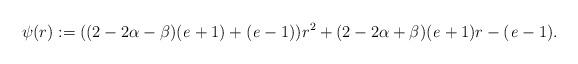
LaTeX: \begin{align*}\psi(r):= ((2-2\alpha-\beta)(\mathit{e}+1)+(\mathit{e}-1))r^2+(2-2\alpha+\beta)(\mathit{e}+1)r-(\mathit{e}-1).\end{align*}